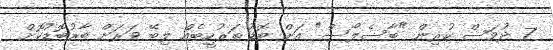
7 ދުވަަސް ކުރިން "ބާސެލޯސް" އަށް ބޮޑު ތަރުހީބެއް ލިބޭ ވަރަށް ބާރުބޮޑުކޮށް